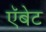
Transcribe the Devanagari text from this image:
ऍबेट